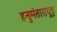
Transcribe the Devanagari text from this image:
हनुमंतारायुडु